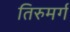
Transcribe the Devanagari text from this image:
तिरुमर्ग